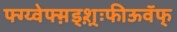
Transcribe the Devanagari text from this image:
फ्ग्य्वेफ्म़ड्श़़्ःफीऊवॅफ्